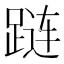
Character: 𰸔